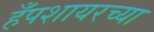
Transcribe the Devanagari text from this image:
हँपशायरच्या